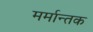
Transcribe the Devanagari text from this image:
मर्मान्तक